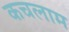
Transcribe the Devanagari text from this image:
कचलाम